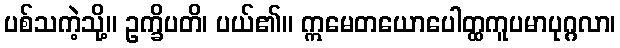
ပစ်သကဲ့သို့။ ဥက္ခိပတိ၊ ပယ်၏။ ဣမေတယောပေါတ္ထကူပမာပုဂ္ဂလာ၊